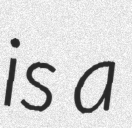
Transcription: is a